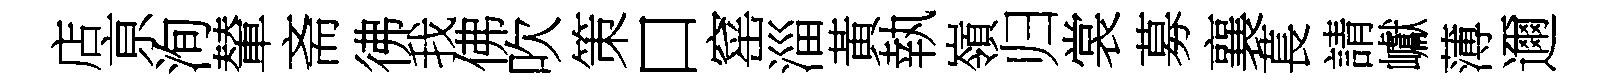
店亰洵輦斋彿我佛吹策口窰淄黃執嶺归裳募襄萇請巘薄邇